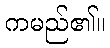
ကမည်၏။